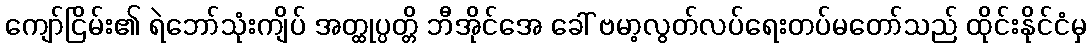
ကျော်ငြိမ်း၏ ရဲဘော်သုံးကျိပ် အတ္ထုပ္ပတ္တိ ဘီအိုင်အေ ခေါ် ဗမာ့လွတ်လပ်ရေးတပ်မတော်သည် ထိုင်းနိုင်ငံမှ